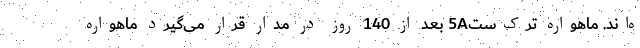
ه‌اند. ماهواره ترک‌ست5A بعد از 140 روز در مدار قرار می‌گیرد ماهواره